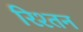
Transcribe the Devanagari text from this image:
रिश्तन